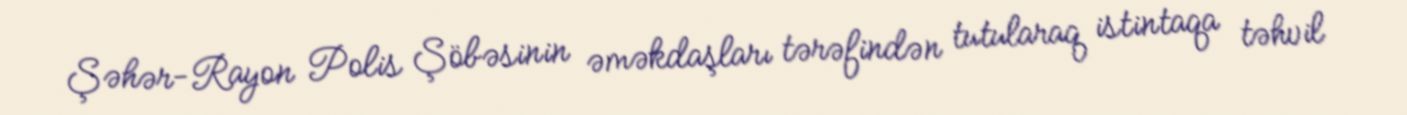
Şəhər-Rayon Polis Şöbəsinin əməkdaşları tərəfindən tutularaq istintaqa təhvil